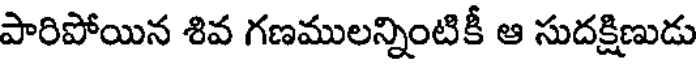
పారిపోయిన శివ గణములన్నింటికీ ఆ సుదక్షిణుడు